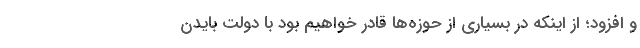
و افزود؛ از اینکه در بسیاری از حوزه‌ها قادر خواهیم بود با دولت بایدن